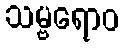
သမ္ဗရောဝ